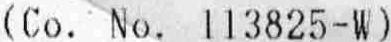
(CO. NO. 113825-W)